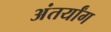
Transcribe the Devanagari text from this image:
अंतर्यांग